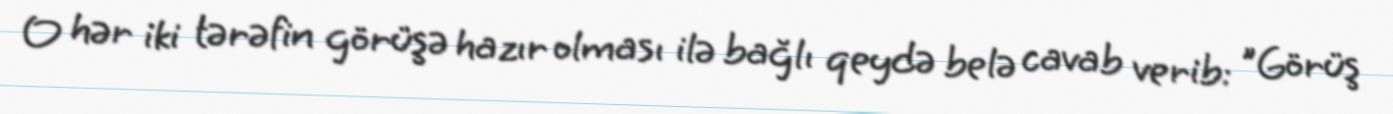
O hər iki tərəfin görüşə hazır olması ilə bağlı qeydə belə cavab verib: "Görüş